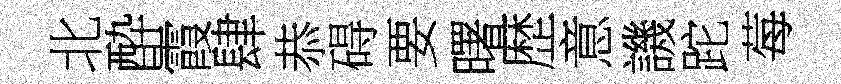
北酔霞肆恭碍要曙歴意譏跎莓